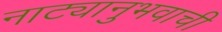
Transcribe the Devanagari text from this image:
नाट्यानुभवाची